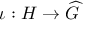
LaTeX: \iota : H \to { \widehat { G } }